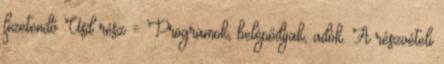
fizetendő Usd rész = Programok, belépődíjak, adók. A részvételi